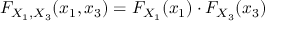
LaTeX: F _ { X _ { 1 } , X _ { 3 } } ( x _ { 1 } , x _ { 3 } ) = F _ { X _ { 1 } } ( x _ { 1 } ) \cdot F _ { X _ { 3 } } ( x _ { 3 } )